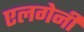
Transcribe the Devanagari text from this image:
एलगेनी